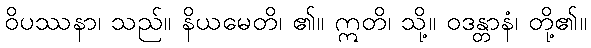
ဝိပဿနာ၊ သည်။ နိယမေတိ၊ ၏။ ဣတိ၊ သို့။ ဝဒန္တာနံ၊ တို့၏။